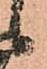
候